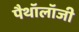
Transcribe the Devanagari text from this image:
पैथॉलॉजी